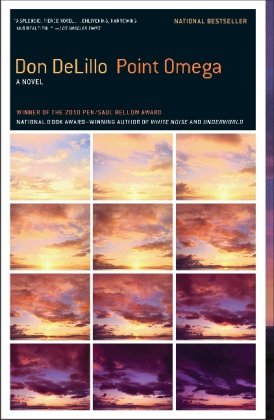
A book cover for Point Omega: A Novel; Don DeLillo; Humor & Entertainment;